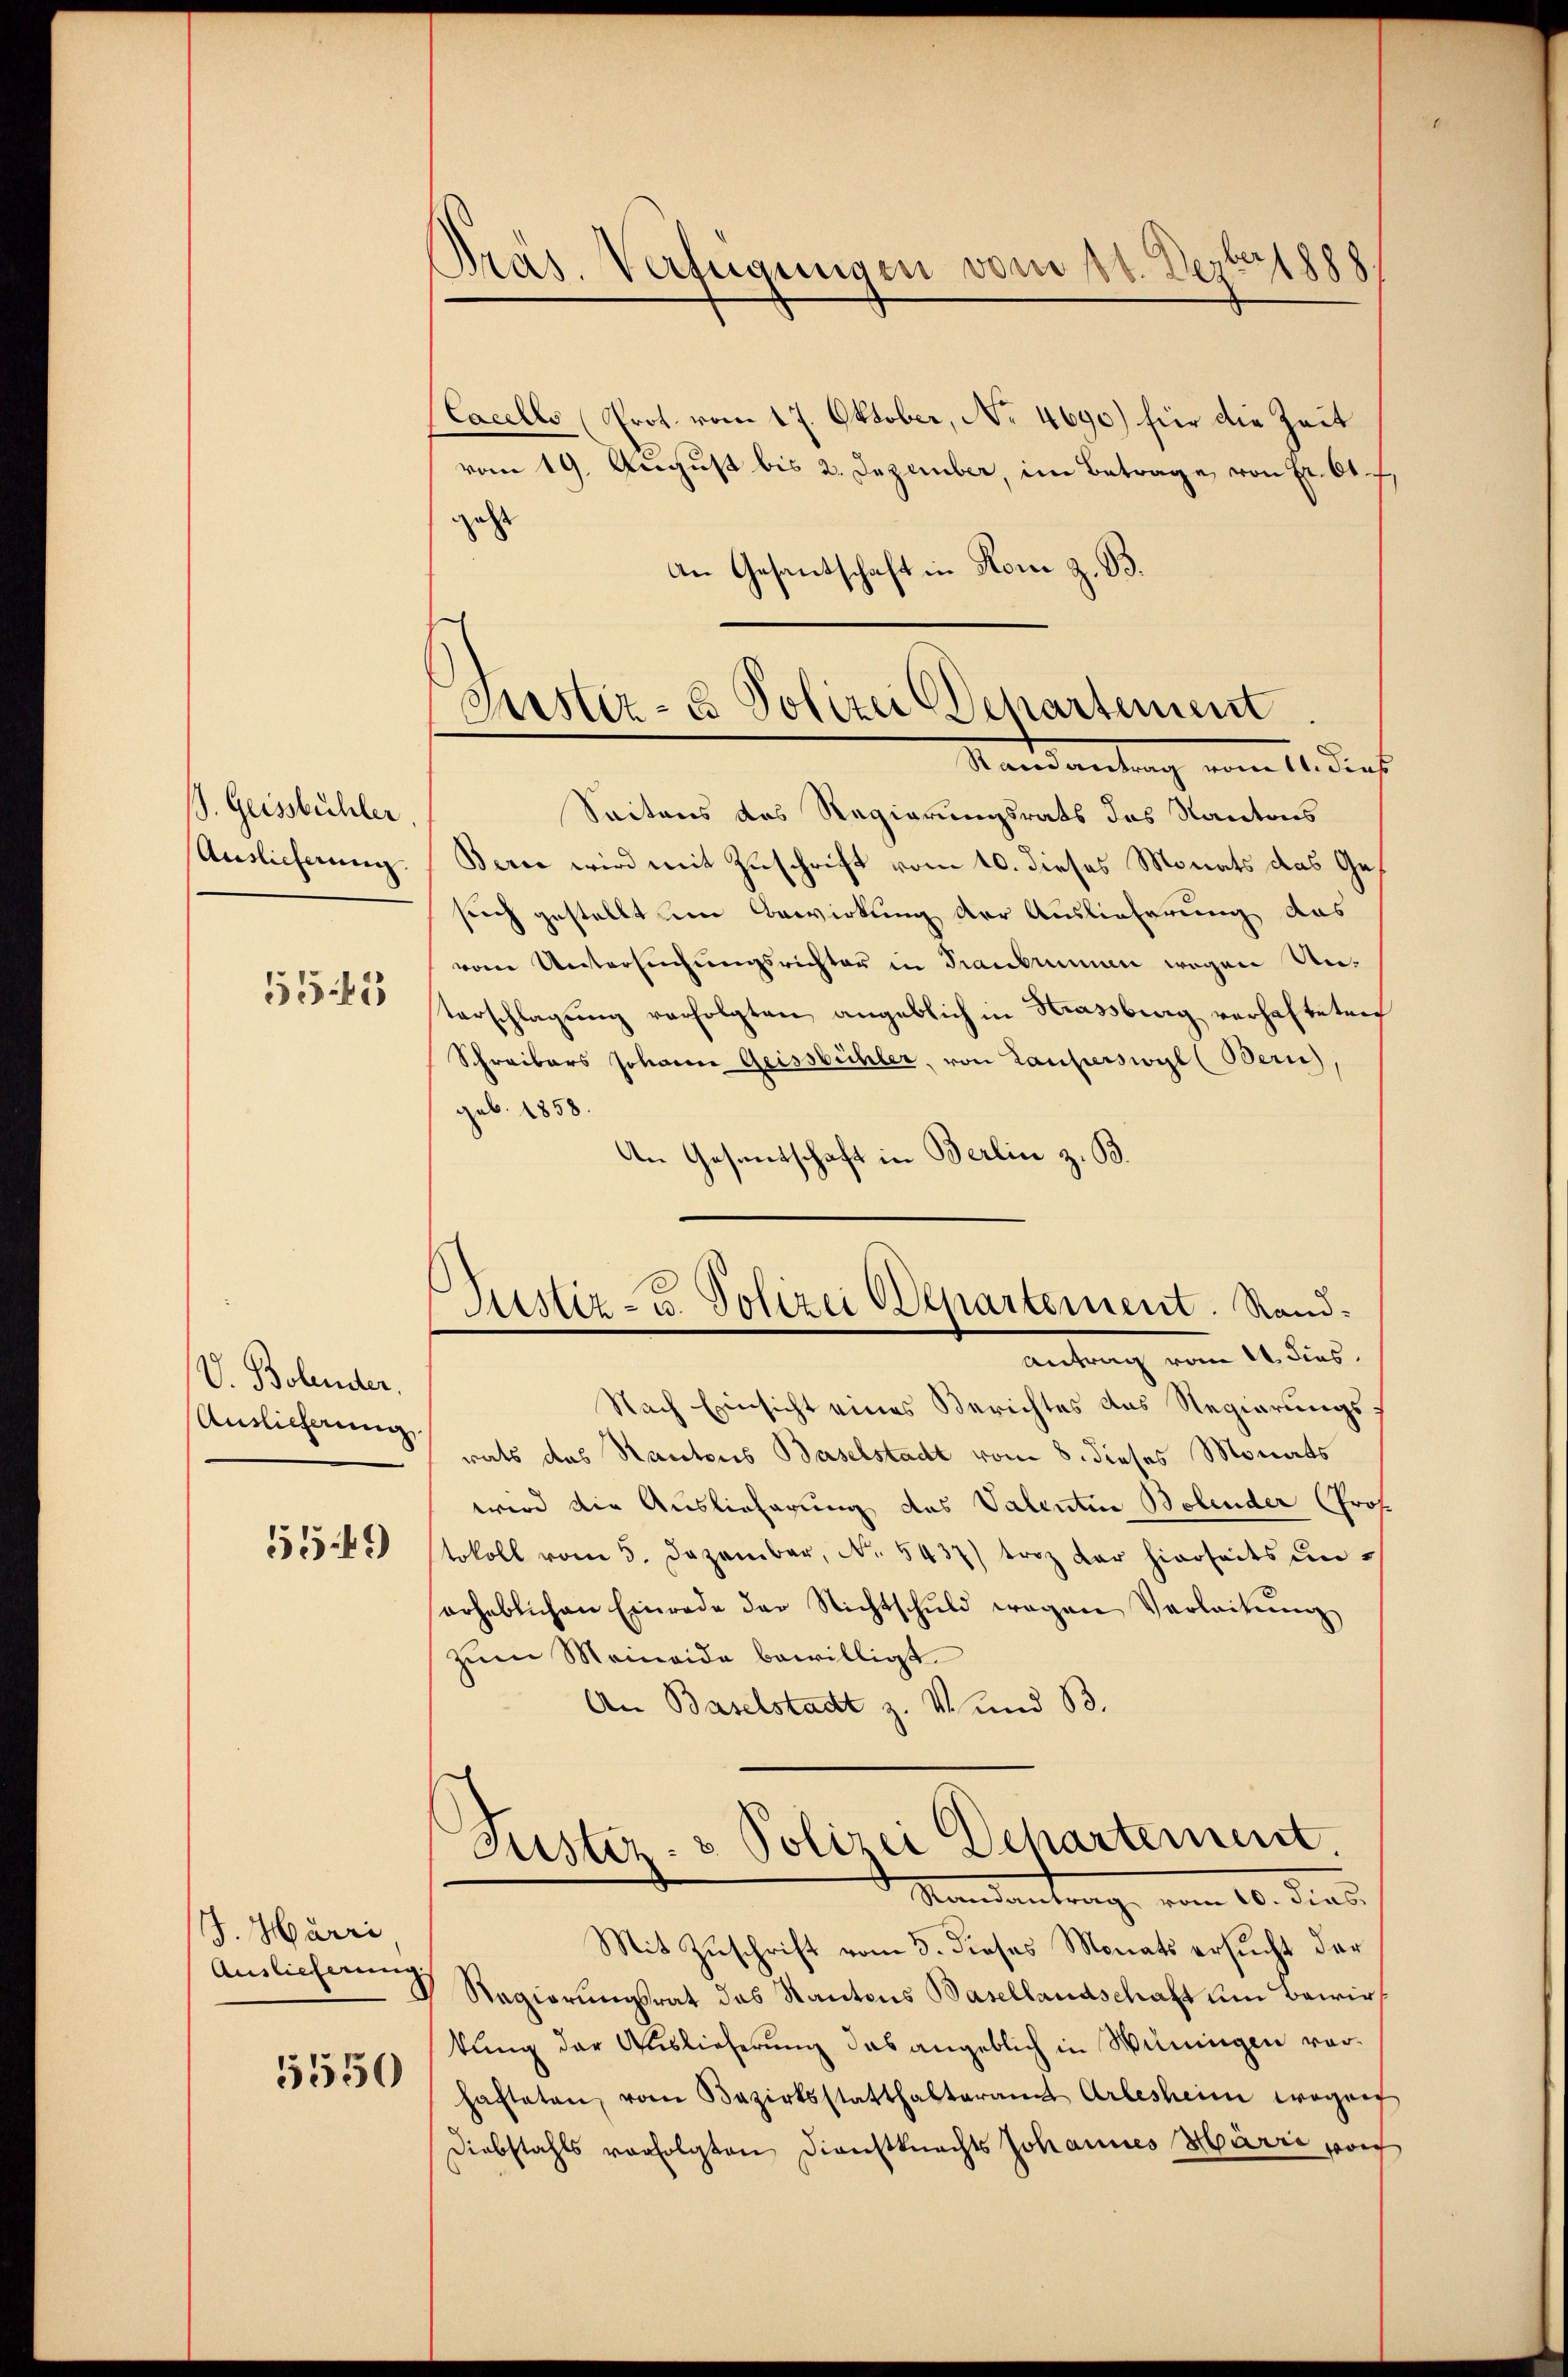
. Geissbühler
Auslicherung.
5543

V. Bolender.
Auslieferung
5549

J. Harri
Auslieferung

5550

1888
Pras. Verfügungen vom 14. Der

Justiz- & Polizei Departement
Mandantung vom 1. dies

(Cacelle (Prot. vom 17. Oktober, No 4690) für die Zeit
vom 19. August bis 2. Dezember, im Betrage von Fr. 61. f.
gest
An Gesantschaft in Rom z. B.
Seitens das Regierungsrats das Kantons
Berne wird mit Zuschrift vom 10. dieses Monats das Gesuch gestellt im Bewirkung der Auslieferung das
vom Untersŭchŭngsrichter in Krauermen wegen Unterschlagung verfolgten angeblich in Krassburg verhafteten
Schreibers Johann Geissbühler, von Lauferswyl (Bern)
geb. 1858.
An Gesandschaft in Berlin z. B.
Astiz- u. Polizei Departement. Rand
Antrag vom 14. dies
Nach Einsicht eines Berichtes des Regierungsrats des Rantons Baselstadt vom 8. dieses Monats
wird die Auslieferung des Valentin Bolender (Prof.
tokoll vom 5. Dezember, No. 5437) trotz der hierseits unerheblichen Einrade der Nichtschuld wegen Verleitŭng
zum Meineide bewilligt.
An Baselstadt z. V und B
Justiz- & Polizei Dehartement
Mandantrag, vom 10. dies
Mit Zuschrift vom 5. dieses Monats ersucht der
Regierungsrat das Kantons Basellandschaft um Bewir
kung der Auslieferung das angeblich in Winingen vorhafteten, vom Bezirksstatthalteramt Arlesheim wegen
Diebstahls vorfolgten Dienstknechts Johannes Härri port